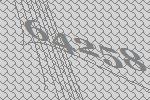
64258